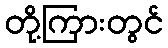
တို့ကြားတွင်